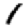
Digit: 1